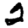
Digit: 2